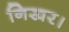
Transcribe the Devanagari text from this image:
निखर।